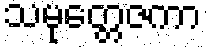
သမုတ္တေဇကာ